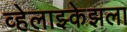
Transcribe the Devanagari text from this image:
व्हेलाझ्केझला